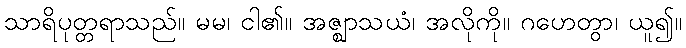
သာရိပုတ္တရာသည်။ မမ၊ ငါ၏။ အဇ္ဈာသယံ၊ အလိုကို။ ဂဟေတွာ၊ ယူ၍။